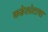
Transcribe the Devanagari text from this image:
कडेलोटाचा